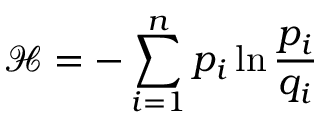
\mathcal { H } = - \sum _ { i = 1 } ^ { n } { p _ { i } \ln \frac { { p _ { i } } } { { q _ { i } } } }